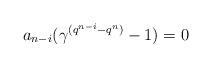
LaTeX: \begin{align*} a_{n-i}(\gamma^{(q^{n-i}-q^n)}-1)=0 \end{align*}